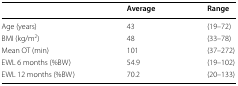
|  | Average | Range |
 | --- | --- | --- |
 | Age (years) | 43 | (19–72) |
 | BMI (kg/m2) | 48 | (33–78) |
 | Mean OT (min) | 101 | (37–272) |
 | EWL 6 months (%BW) | 54.9 | (19–102) |
 | EWL 12 months (%BW) | 70.2 | (20–133) |